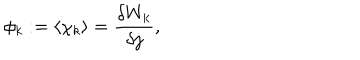
\phi _ { k } : = \langle \chi _ { k } \rangle = \frac { \delta W _ { k } } { \delta j } ,